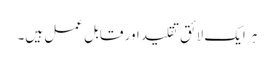
ہر ایک لائق تقلید اور قابل عمل ہیں۔